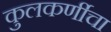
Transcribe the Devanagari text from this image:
कुलकर्णीचा